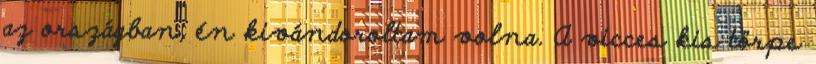
az országban, én kivándoroltam volna. A vicces kis törpe